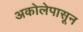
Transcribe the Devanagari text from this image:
अकोलेपासून